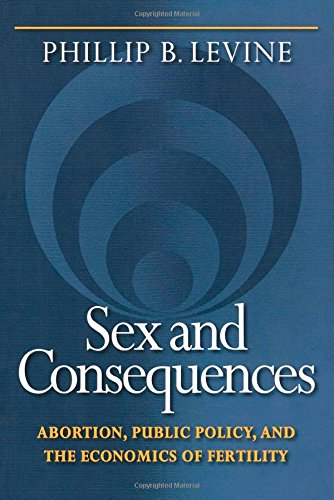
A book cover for Sex and Consequences: Abortion, Public Policy, and the Economics of Fertility; Phillip B. Levine; Politics & Social Sciences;